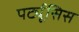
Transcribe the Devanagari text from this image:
पर्ट्यूसिस